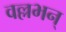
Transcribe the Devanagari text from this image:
वल्लभन्